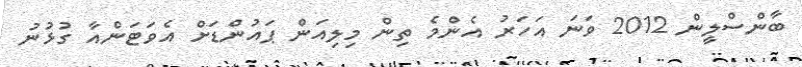
ބާންސްލީން 2012 ވަނަ އަހަރު އެންމެ ތިން މިލިއަން ޕައުންޑަށް އެވަޓަންއާ ގުޅުނު